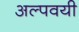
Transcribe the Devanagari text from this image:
अल्पवयी